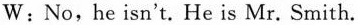
w : No, he isn't. He is Mr. Smith.